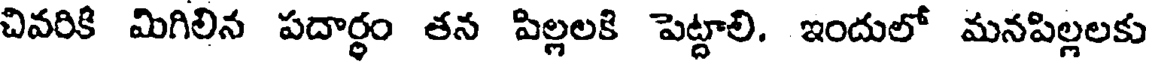
చివరికి మిగిలిన పదార్థం తన పిల్లలకి పెట్టాలి. ఇందులో మనపిల్లలకు